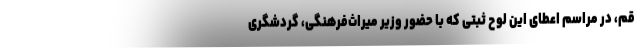
قم‌، در مراسم اعطای این لوح ثبتی که با حضور وزیر میراث‌فرهنگی، گردشگری